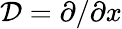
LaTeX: \mathcal{D}=\partial/\partial x